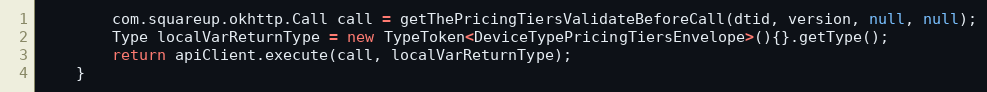
Language: Java
        com.squareup.okhttp.Call call = getThePricingTiersValidateBeforeCall(dtid, version, null, null);
        Type localVarReturnType = new TypeToken<DeviceTypePricingTiersEnvelope>(){}.getType();
        return apiClient.execute(call, localVarReturnType);
    }